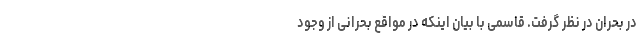
در بحران در نظر گرفت. قاسمی با بیان اینکه در مواقع بحرانی از وجود